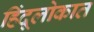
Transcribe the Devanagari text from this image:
हिंदूलोकात